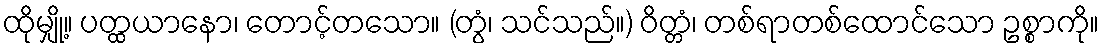
ထိုမျှို့။ ပတ္ထယာနော၊ တောင့်တသော။ (တွံ၊ သင်သည်။) ဝိတ္တံ၊ တစ်ရာတစ်ထောင်သော ဥစ္စာကို။